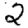
Digit: 2